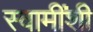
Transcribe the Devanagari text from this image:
स्वामींशी